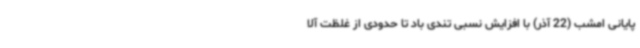
پایانی امشب (22 آذر) با افزایش نسبی تندی باد تا حدودی از غلظت آلا